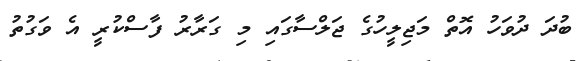
ބުދަ ދުވަހު އޮތް މަޖިލީހުގެ ޖަލްސާގައި މި ގަރާރު ފާސްކުރީ އެ ވަގުތު